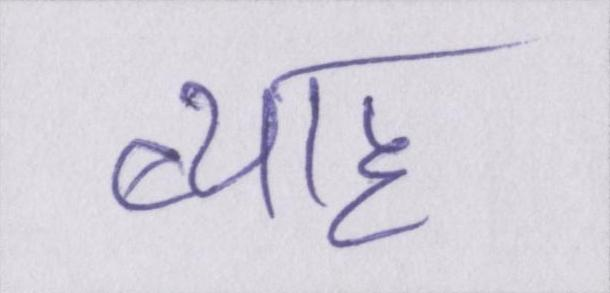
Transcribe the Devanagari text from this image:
ब्याह